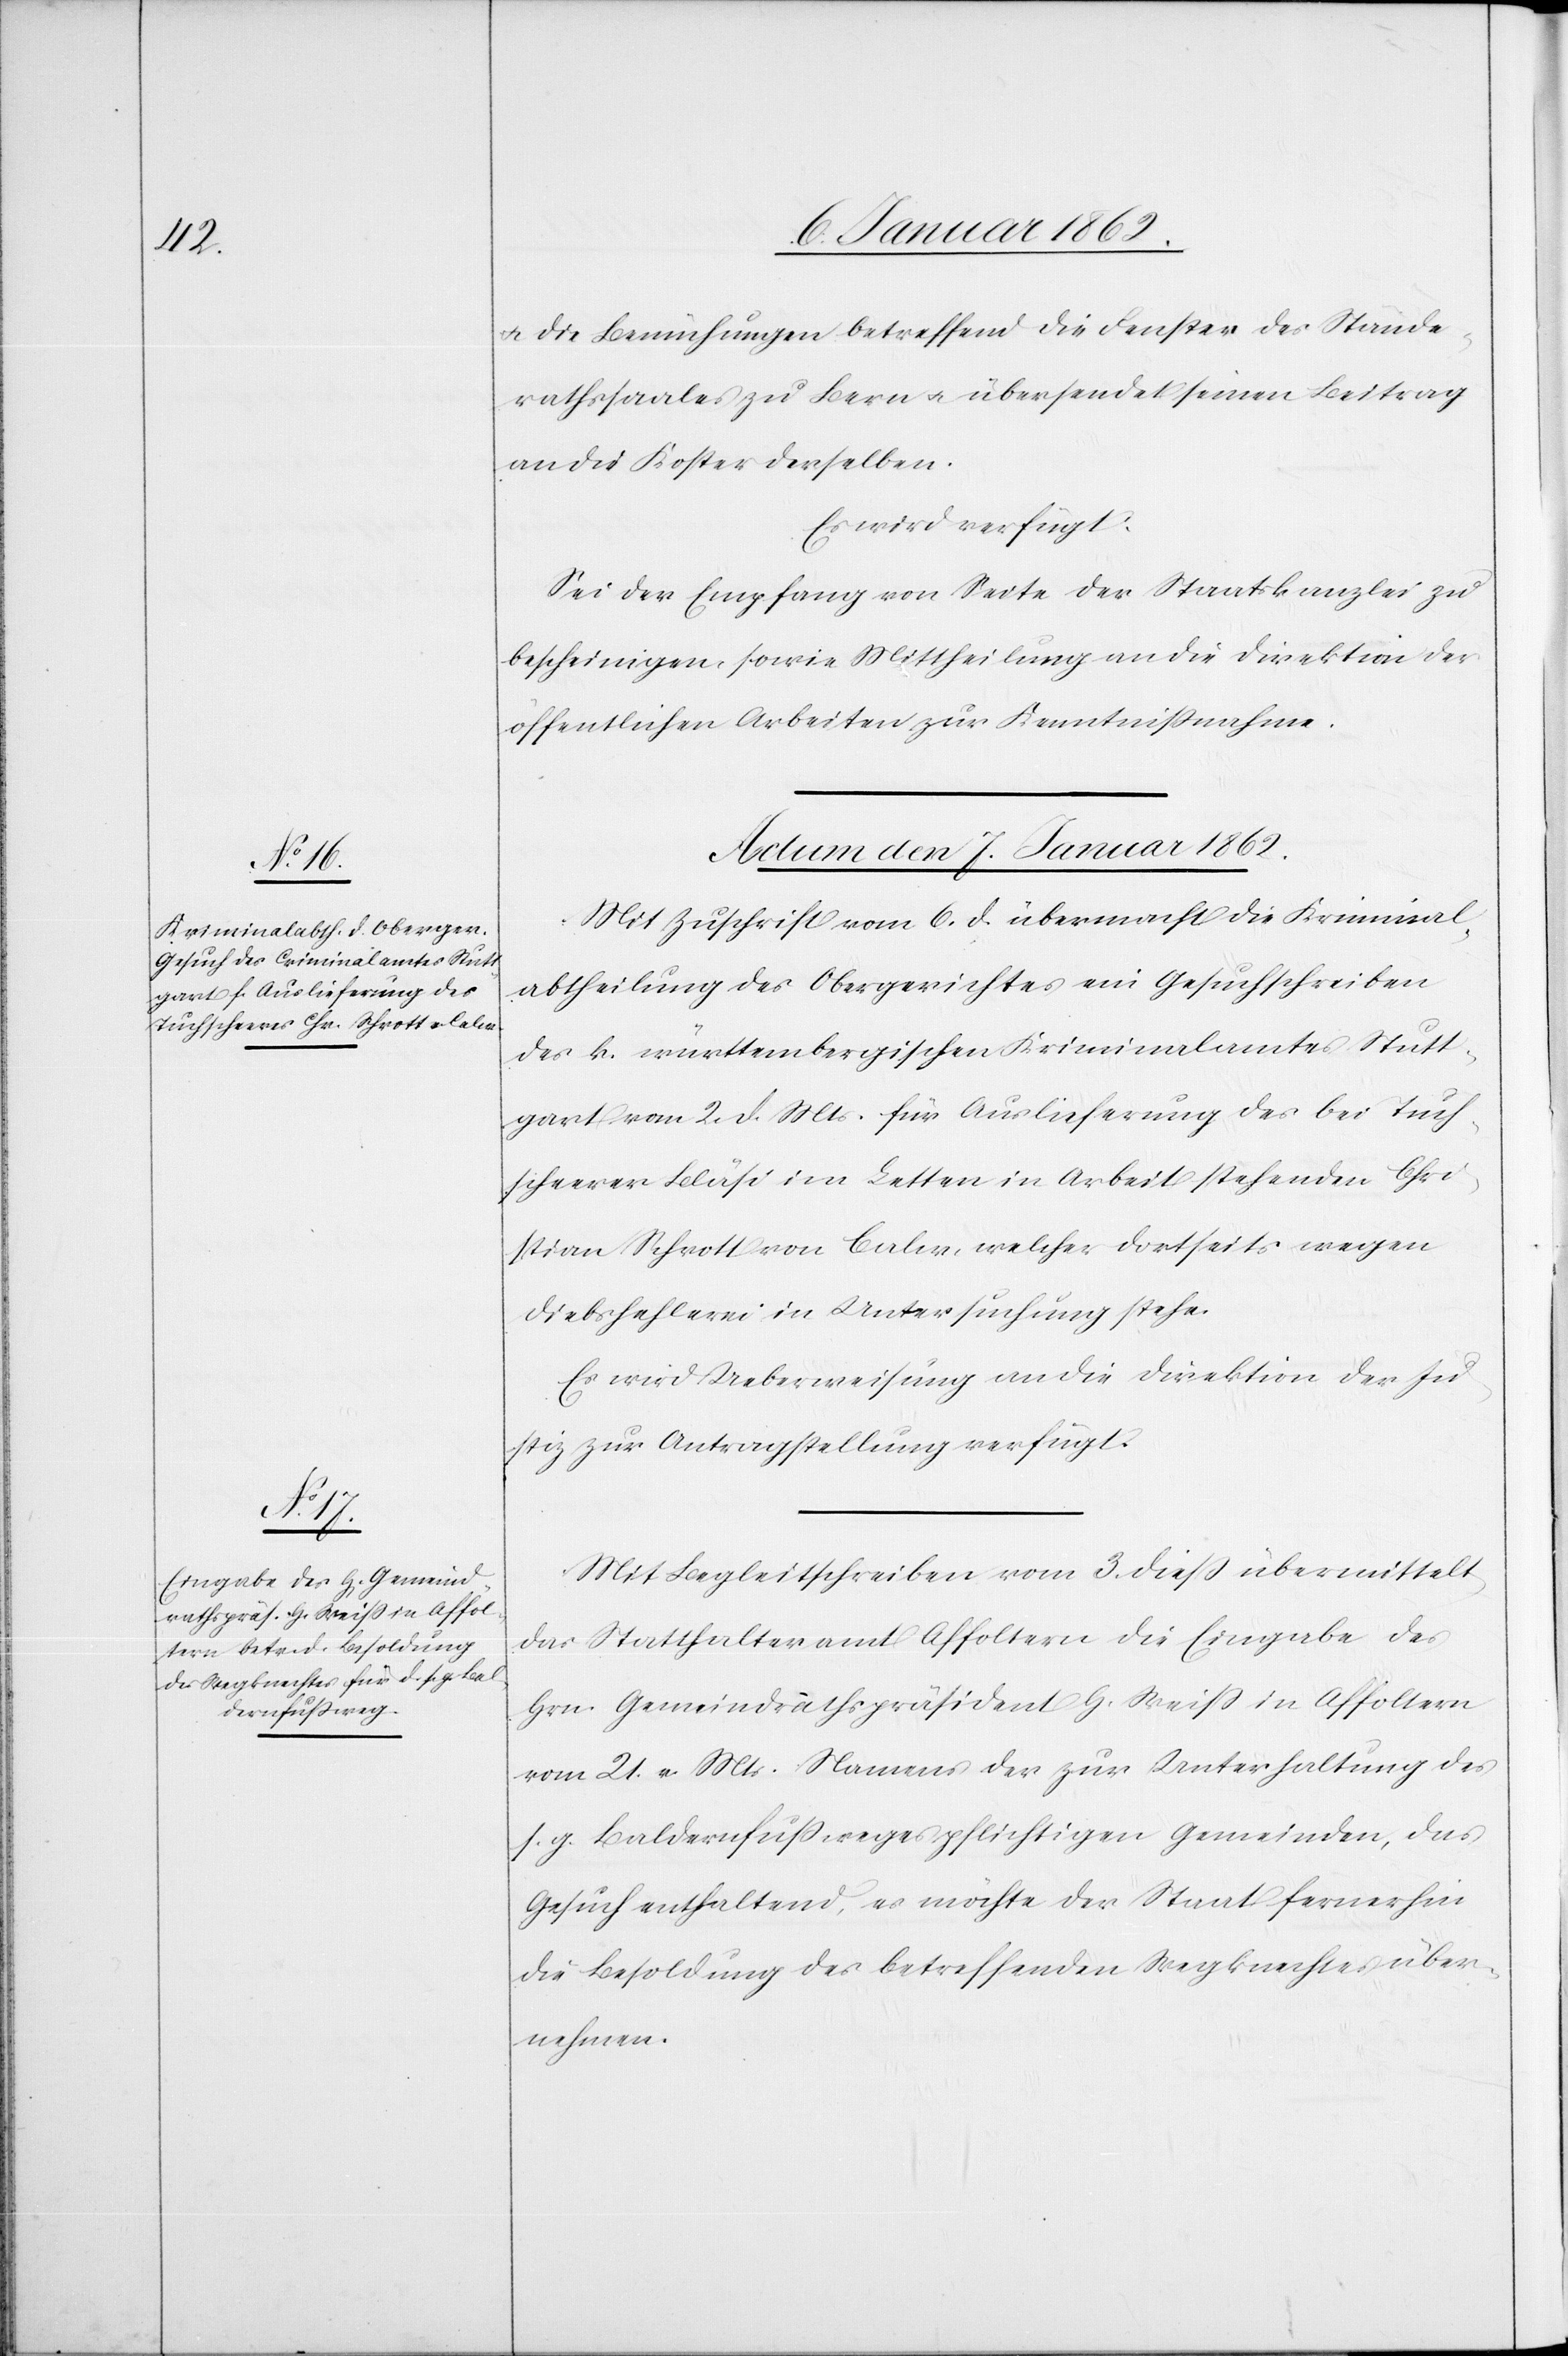
u. die Bemühungen betreffend die Fenster des Stände¬
rathssaales zu Bern u. übersendet seinen Beitrag
an die Kosten derselben.
Es wird verfügt:
Sei der Empfang von Seite der Staatskanzlei zu
bescheinigen, sowie Mittheilung an die Direktion der
öffentlichen Arbeiten zur Kenntnißnahme.
Actum den 7. Januar 1862.]
Mit Zuschrift vom 6. d. übermacht die Kriminal¬
abtheilung des Obergerichtes ein Gesuchschreiben
des k. württembergischen Kriminalamtes Stutt¬
gart vom 2. d. Mts. für Auslieferung des bei Tuch¬
scheerer Bläsi im Letten in Arbeit stehenden Chri¬
stian Schrott von Calw, welcher dortseits wegen
Diebshehlerei in Untersuchung stehe.
Es wird Ueberweisung an die Direktion der Ju¬
stiz zur Antragstellung verfügt.
Mit Begleitschreiben vom 3. dieß übermittelt
das Statthalteramt Affoltern die Eingabe des
Hrn Gemeindrathspräsident H. Weiß in Affoltern
vom 21. v. Mts. Namens der zur Unterhaltung des
s. g. Baldernfußweges pflichtigen Gemeinden, das
Gesuch enthaltend, es möchte der Staat fernerhin
die Besoldung des betreffenden Wegknechtes über¬
nehmen.